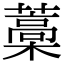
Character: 藁